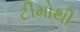
ટીમોથી